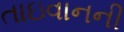
તાઇવાનની